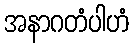
အနာဂတံပါဟံ